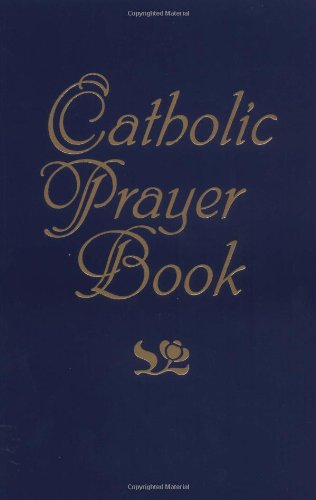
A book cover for Catholic Prayer Book-Large Print; Jacquelyn Lindsey; Christian Books & Bibles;